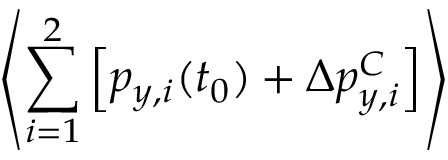
\left\langle \sum _ { i = 1 } ^ { 2 } \left[ p _ { y , i } ( t _ { 0 } ) + \Delta p _ { y , i } ^ { C } \right] \right\rangle